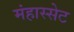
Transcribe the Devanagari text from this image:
मंहास्सेट